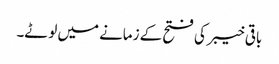
باقی خیبر کی فتح کے زمانے میں لوٹے۔